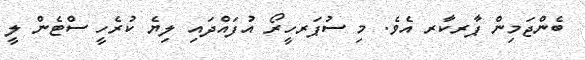
ބެންޖަމިން ޕާރކާރ އެވެ. މި ސުޕަރހީރޯ އުފައްދައި ލިޔެ ކުރެހީ ސްޓެން ލީ